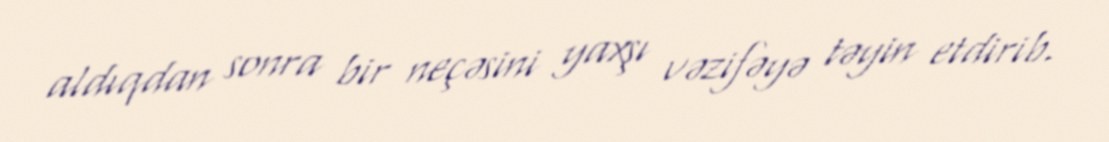
aldıqdan sonra bir neçəsini yaxşı vəzifəyə təyin etdirib.